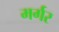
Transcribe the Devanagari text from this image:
मर्गर